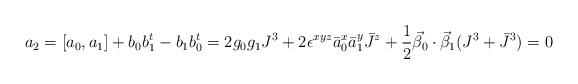
\begin{align*}a_2= [a_0, a_1]+ b_0 b_1^t -b_1 b_0^t =2 g_0 g_1 J^3 +2 \epsilon^{x y z} \bar a_0^x \bar a_1^y \bar J^z+\frac{1}{2} \vec \beta_0 \cdot \vec \beta_1 (J^3 + \bar J^3) = 0\end{align*}